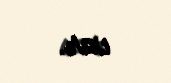
var.